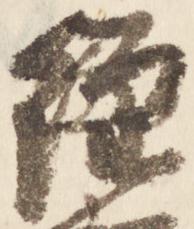
経